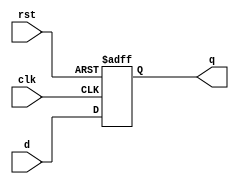
module synchronous_ff (
    input wire clk,       // Clock input
    input wire rst,       // Reset input
    input wire d,         // Data input
    output reg q          // Data output
);

// Internal signal declaration (if needed)
reg q_next;              // Next state for output

// Optional initial block
initial begin
    q = 1'b0;            // Set initial state of output
end

// Always block sensitive to positive edge of clk
always @(posedge clk or posedge rst) begin
    if (rst) begin
        q <= 1'b0;       // Reset the output to 0
    end else begin
        q <= d;         // Update output with data input
    end
end

endmodule